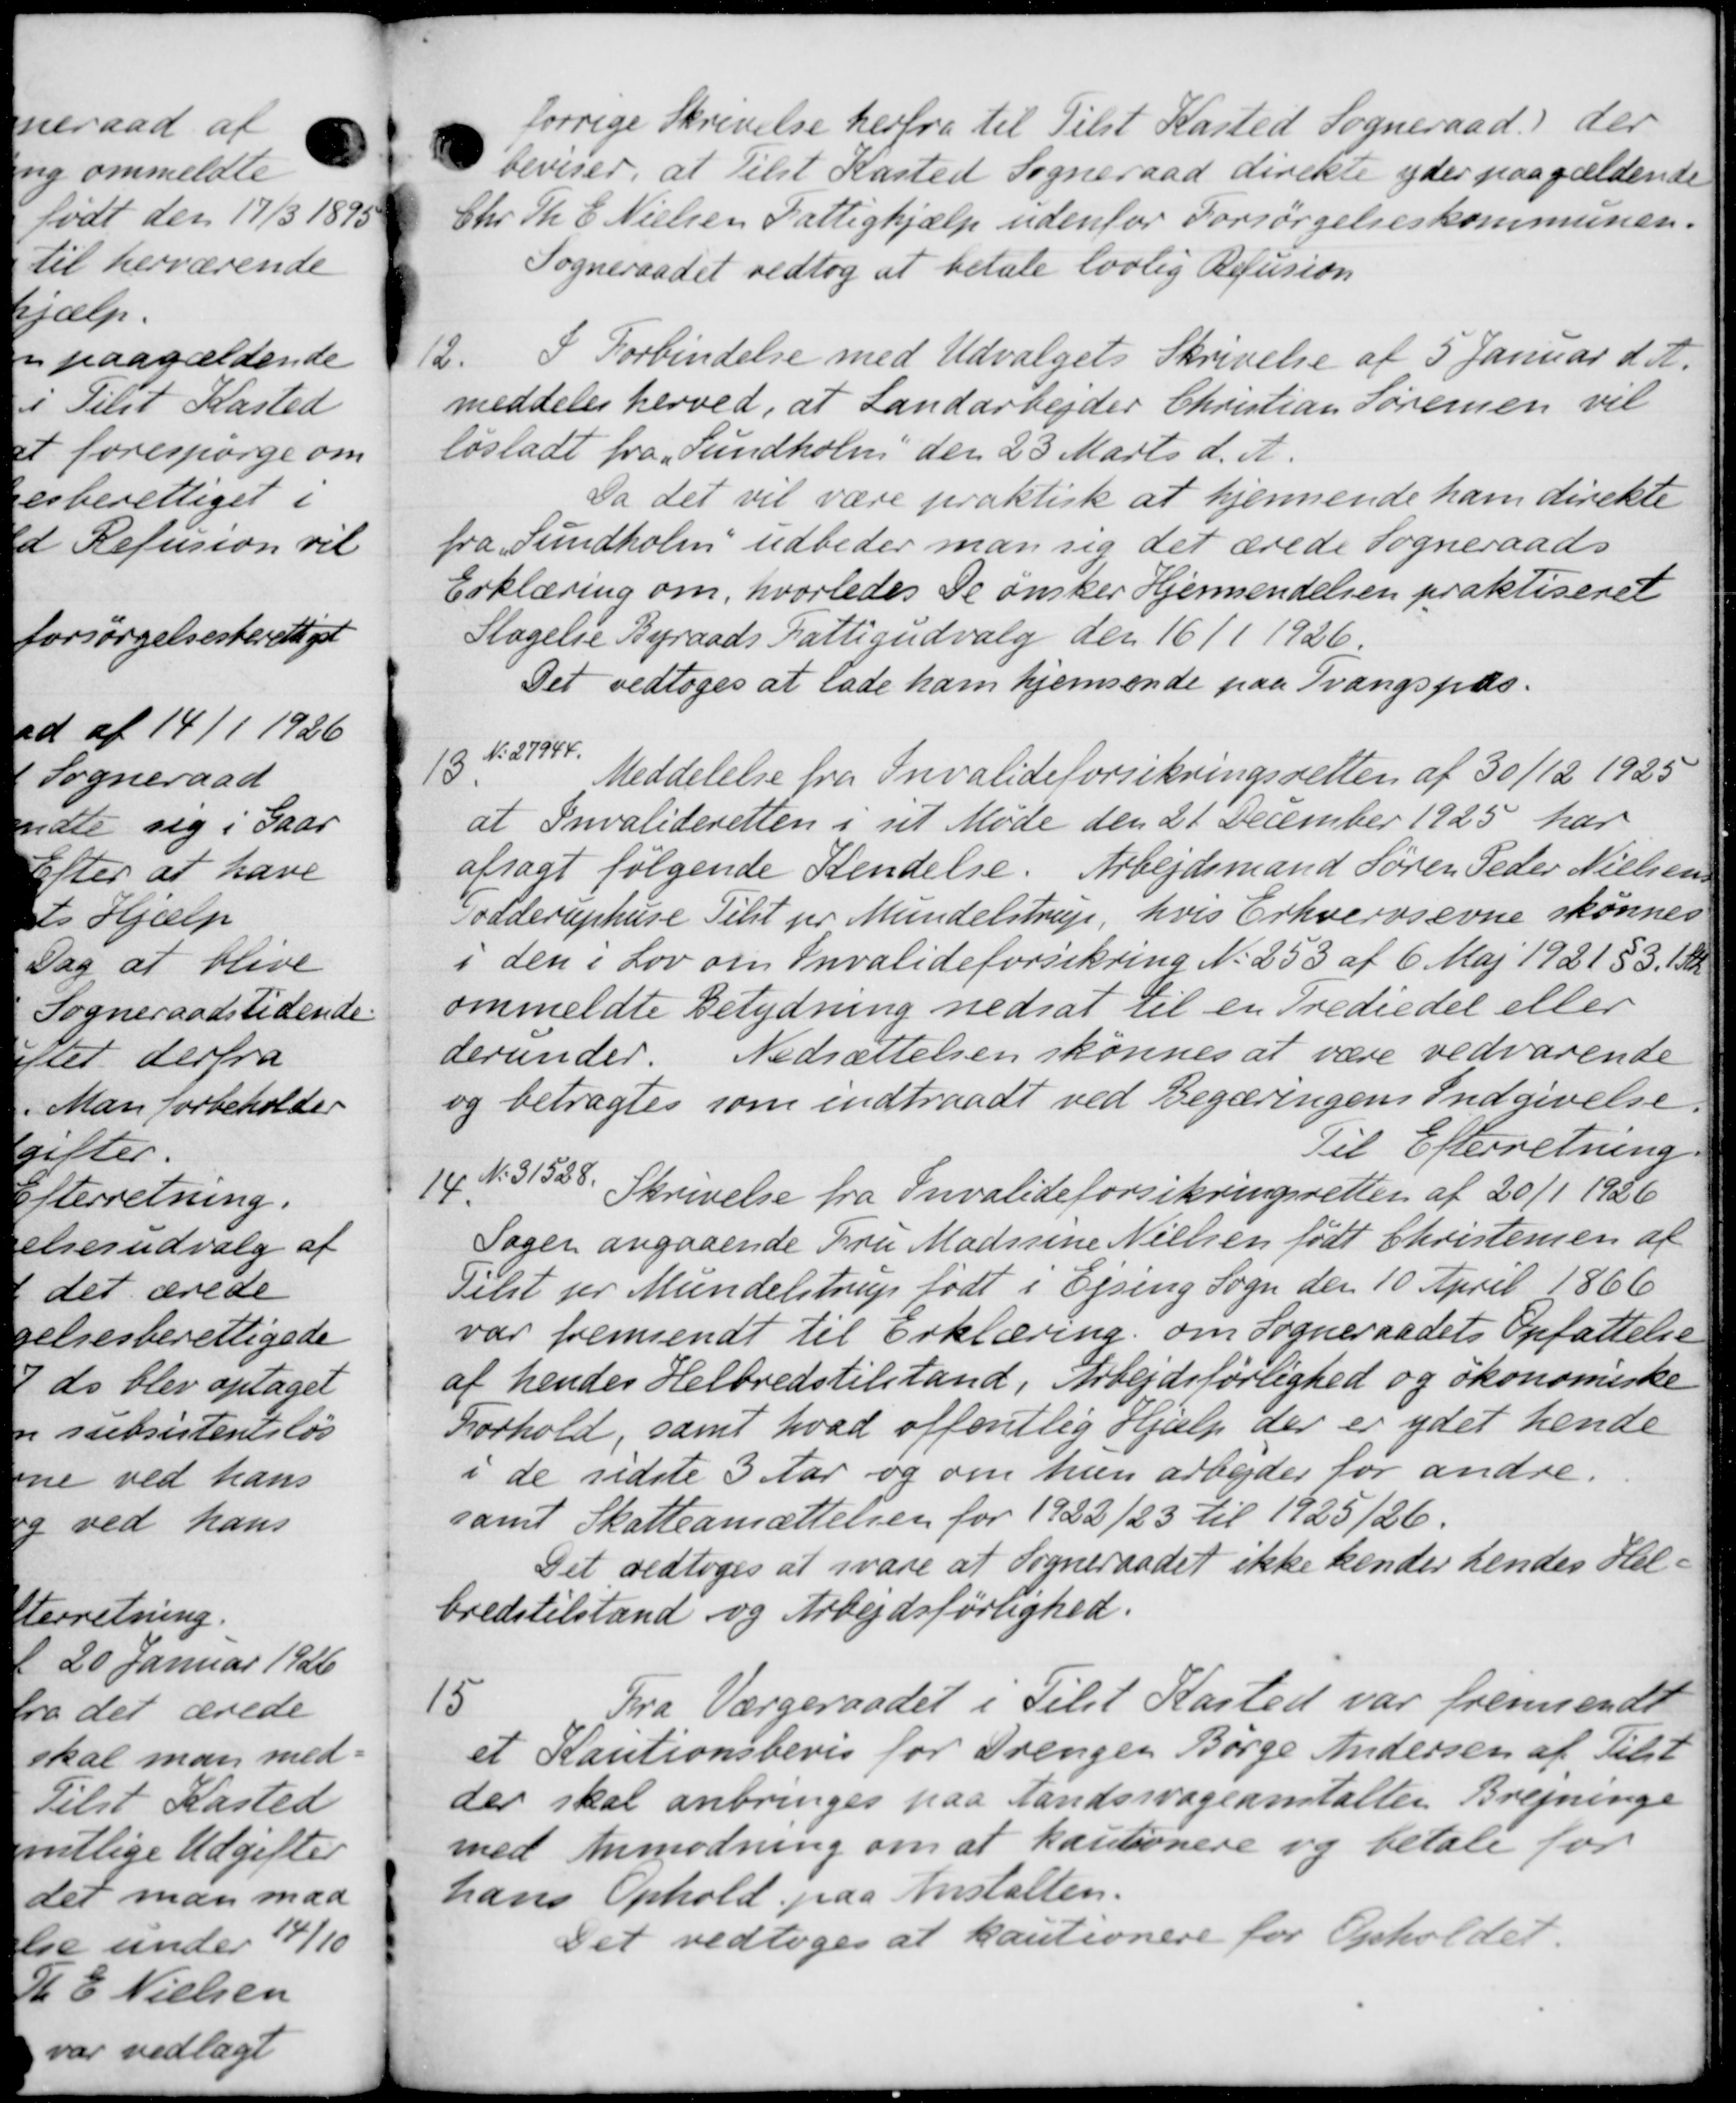
Transskription:
forrige Skrivelse herfra til Tilst Kasted Sogneraad der
beviser, at tilst Kasted Sogneraad direkte yder paagældende
Chr. Th. E. Nielsen Fattighjælp udenfor Forsørgelseskommunen.
Sogneraadet vedtog at betale lovlig Refusion
2
I Forbindelse med Udvalgets Skrivelse af 5 Januar d. A.
meddeles herved, at Landarbejder Christian Sørensen vil
løsladt fra Sundholm den 23 Marts d. A.
Da det vil være praktisk at hjemsende ham direkte
fra Sundholm udbeder man sig det ærede Sogneraads-
Erklæring om, hvorledes De ønsker Hjemsendelsen praktiseret
Slagelse Byraads Fattigudvalg den 16/1 1926.
Det vedtoges at lade ham hjemsende paa Tvangspas.
15
3. No 27944.
Meddelelse fra Invalideforsikringsretten af 30/12 1925
at Invalideretten i sit Møde den 21 December 1925 har
afsagt følgende Kendelse. Arbejdsmand Søren Peder Nielsen
Todderuphuse Tilst pr Mundelstrup, hvis Erhvervsevne skønnes
i den i Lov om Invalideforsikring No 253 af 6 Maj 1921 § 3. 1 Sk
ommeldte Betydning nedsat til en Trediedel eller
derunder. Nedsættelsen skønnes at være vedvarende
og betragtes som indtraadt ved Begæringens Indgivelse
Til Efterretning.
14
N. 31528.
Skrivelse fra Invalideforsikringsretten af 20/1 1926
Sagen angaaende Fru Madsine Nielsen født Christensen af
Tilst pr Mundelstrup født i Ejsing Sogn den 10 April 1866
var fremsendt til Erklæring om Sogneraadets Opfattelse
af hendes Helbredstilstand, Arbejdsførlighed og økonomiske
Forhold, samt hvad offentlig Hjælp der er ydet hende
i de sidste 3 Aar og om hun arbejder for andre.
samt Skatteansættelsen for 1922/23 til 1925/26.
Det vedtoges at svare at Sogneraadet ikke kender hendes Hel-
bredstilstand og Arbejdsførlighed.
15
Fra Værgeraadet i Tilst Kasted var fremsendt
et Kautionsbevis for Drengen Børge Andersen af Tilst
der skal anbringes paa Landssvageanstalten Brejninge
med Anmodning om at kautionere og betale for
hans Ophold paa Anstalten.
Det vedtoges at kautionere for Opholdet.